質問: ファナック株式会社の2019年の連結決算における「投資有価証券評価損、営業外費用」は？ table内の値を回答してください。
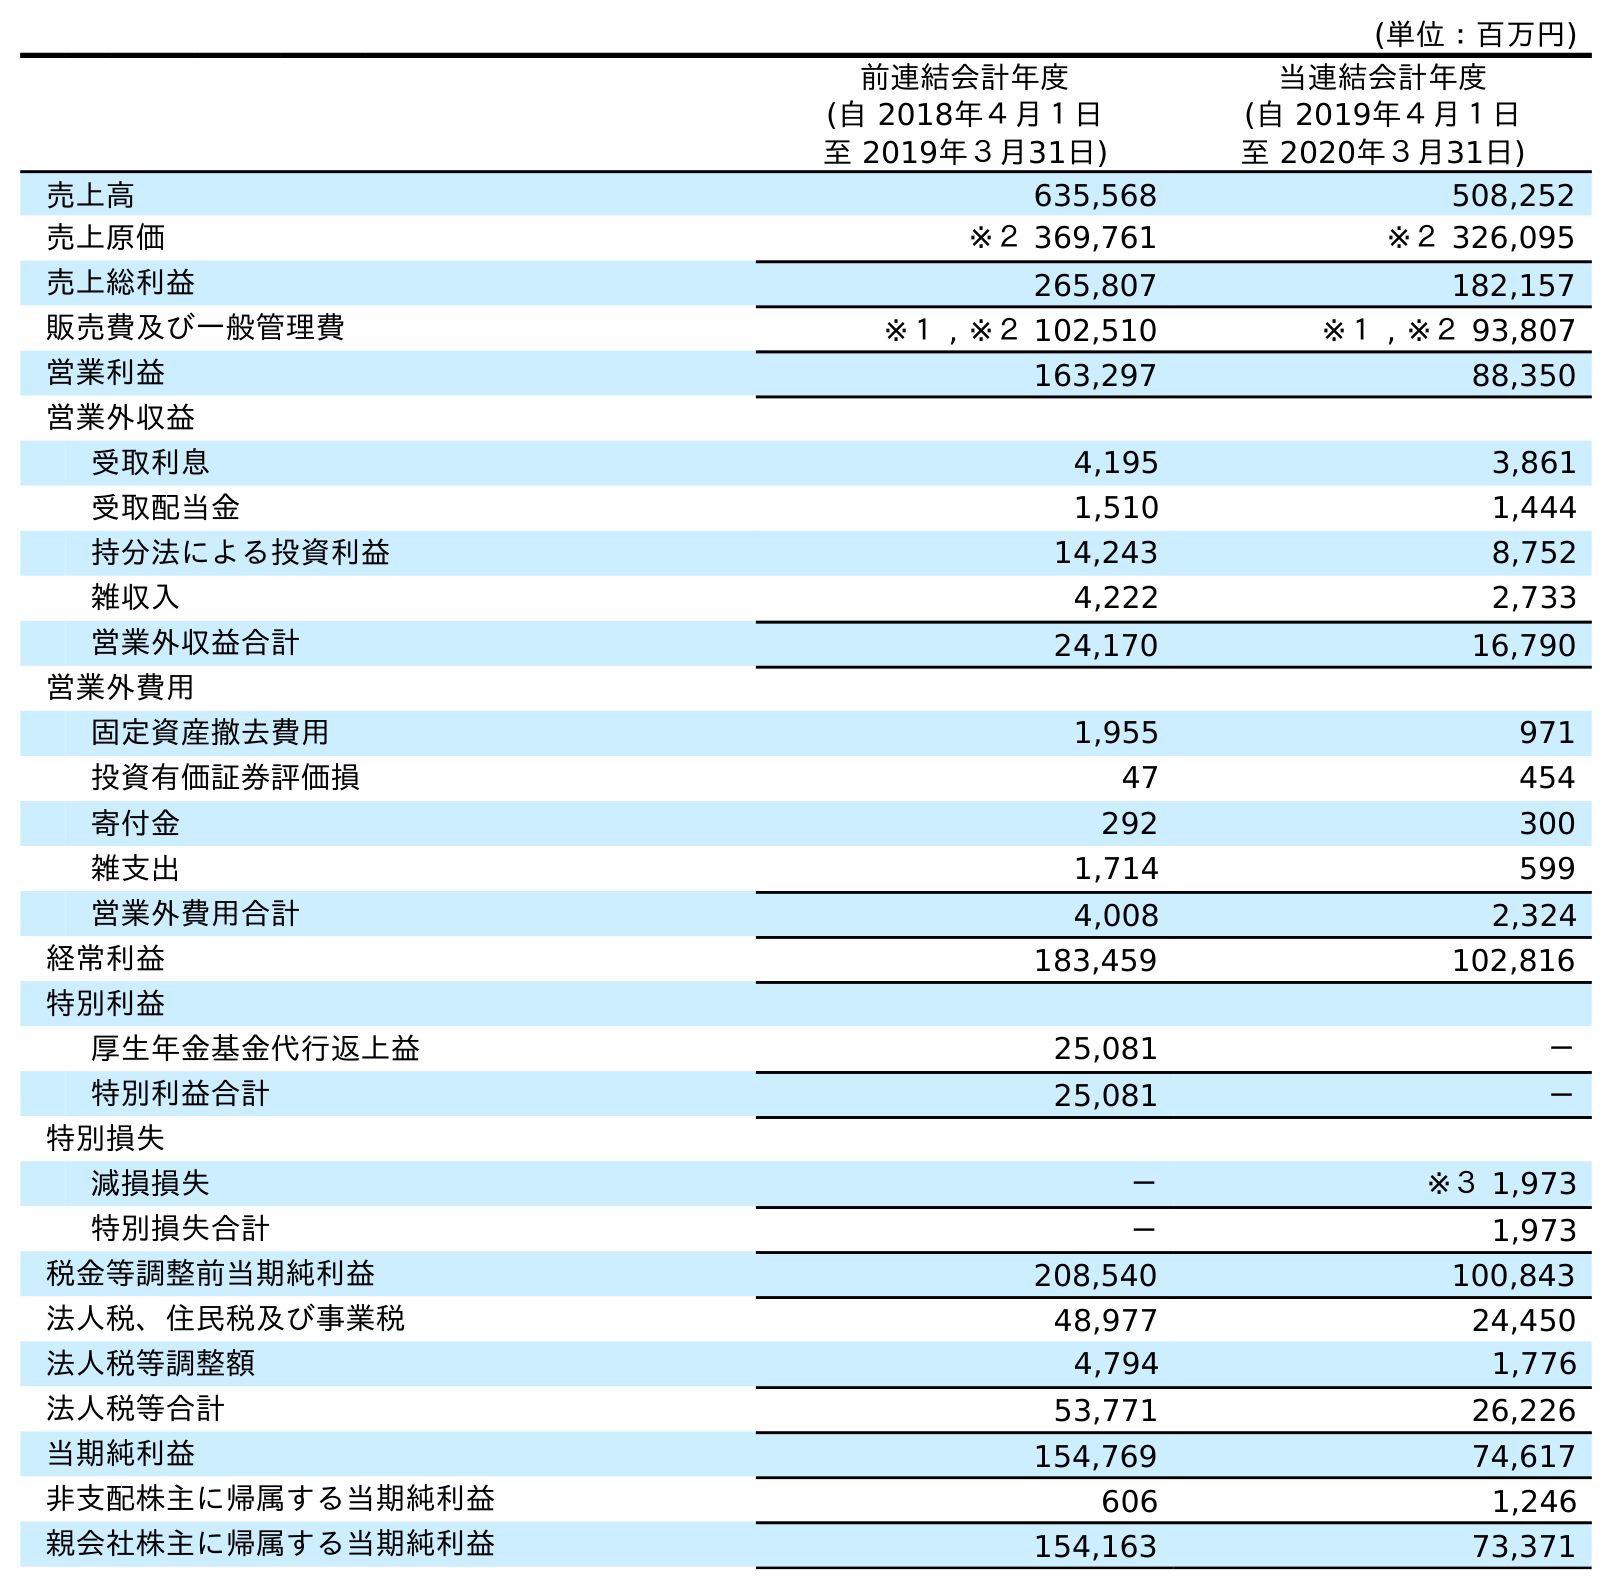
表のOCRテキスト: (単位：百万円) 前連結会計年度 (自 2018年４月１日 至 2019年３月31日) 当連結会計年度 (自 2019年４月１日 至 2020年３月31日) 売上高 635,568 508,252 売上原価 ※２ 369,761 ※２ 326,095 売上総利益 265,807 182,157 販売費及び一般管理費 ※１ , ※２ 102,510 ※１ , ※２ 93,807 営業利益 163,297 88,350 営業外収益 受取利息 4,195 3,861 受取配当金 1,510 1,444 持分法による投資利益 14,243 8,752 雑収入 4,222 2,733 営業外収益合計 24,170 16,790 営業外費用 固定資産撤去費用 1,955 971 投資有価証券評価損 47 454 寄付金 292 300 雑支出 1,714 599 営業外費用合計 4,008 2,324 経常利益 183,459 102,816 特別利益 厚生年金基金代行返上益 25,081 － 特別利益合計 25,081 － 特別損失 減損損失 － ※３ 1,973 特別損失合計 － 1,973 税金等調整前当期純利益 208,540 100,843 法人税、住民税及び事業税 48,977 24,450 法人税等調整額 4,794 1,776 法人税等合計 53,771 26,226 当期純利益 154,769 74,617 非支配株主に帰属する当期純利益 606 1,246 親会社株主に帰属する当期純利益 154,163 73,371
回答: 47